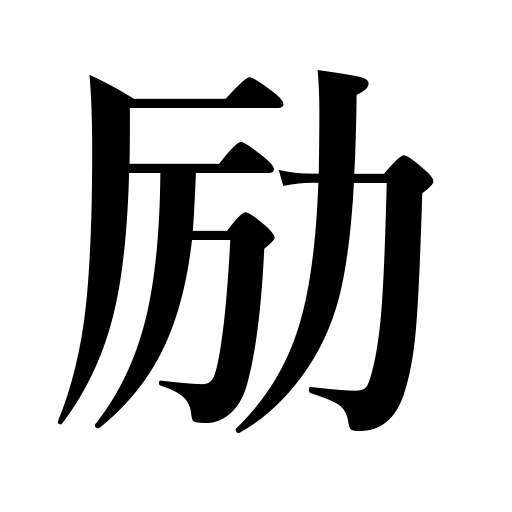
Meanings: encourage,raise the voice,be diligent,inspire